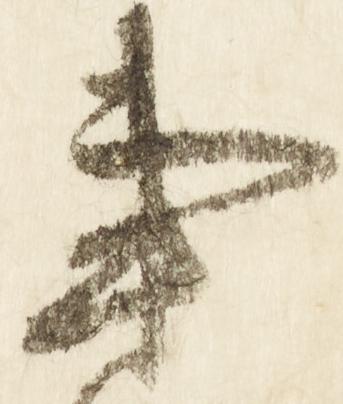
事